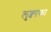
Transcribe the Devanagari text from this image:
लुफ्वाफा